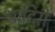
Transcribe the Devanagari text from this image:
आदिरी